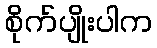
စိုက်ပျိုးပါက